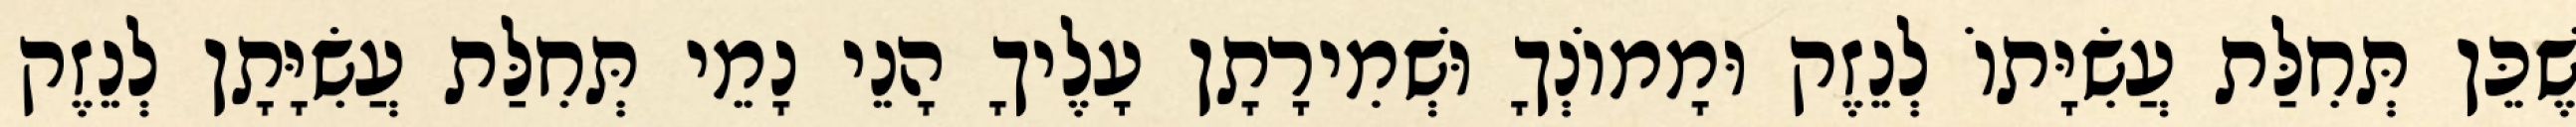
שֶׁכֵּן תְּחִלַּת עֲשִׂיָּתוֹ לְנֵזֶק וּמָמוֹנְךָ וּשְׁמִירָתָן עָלֶיךָ הָנֵי נָמֵי תְּחִלַּת עֲשִׂיָּתָן לְנֵזֶק